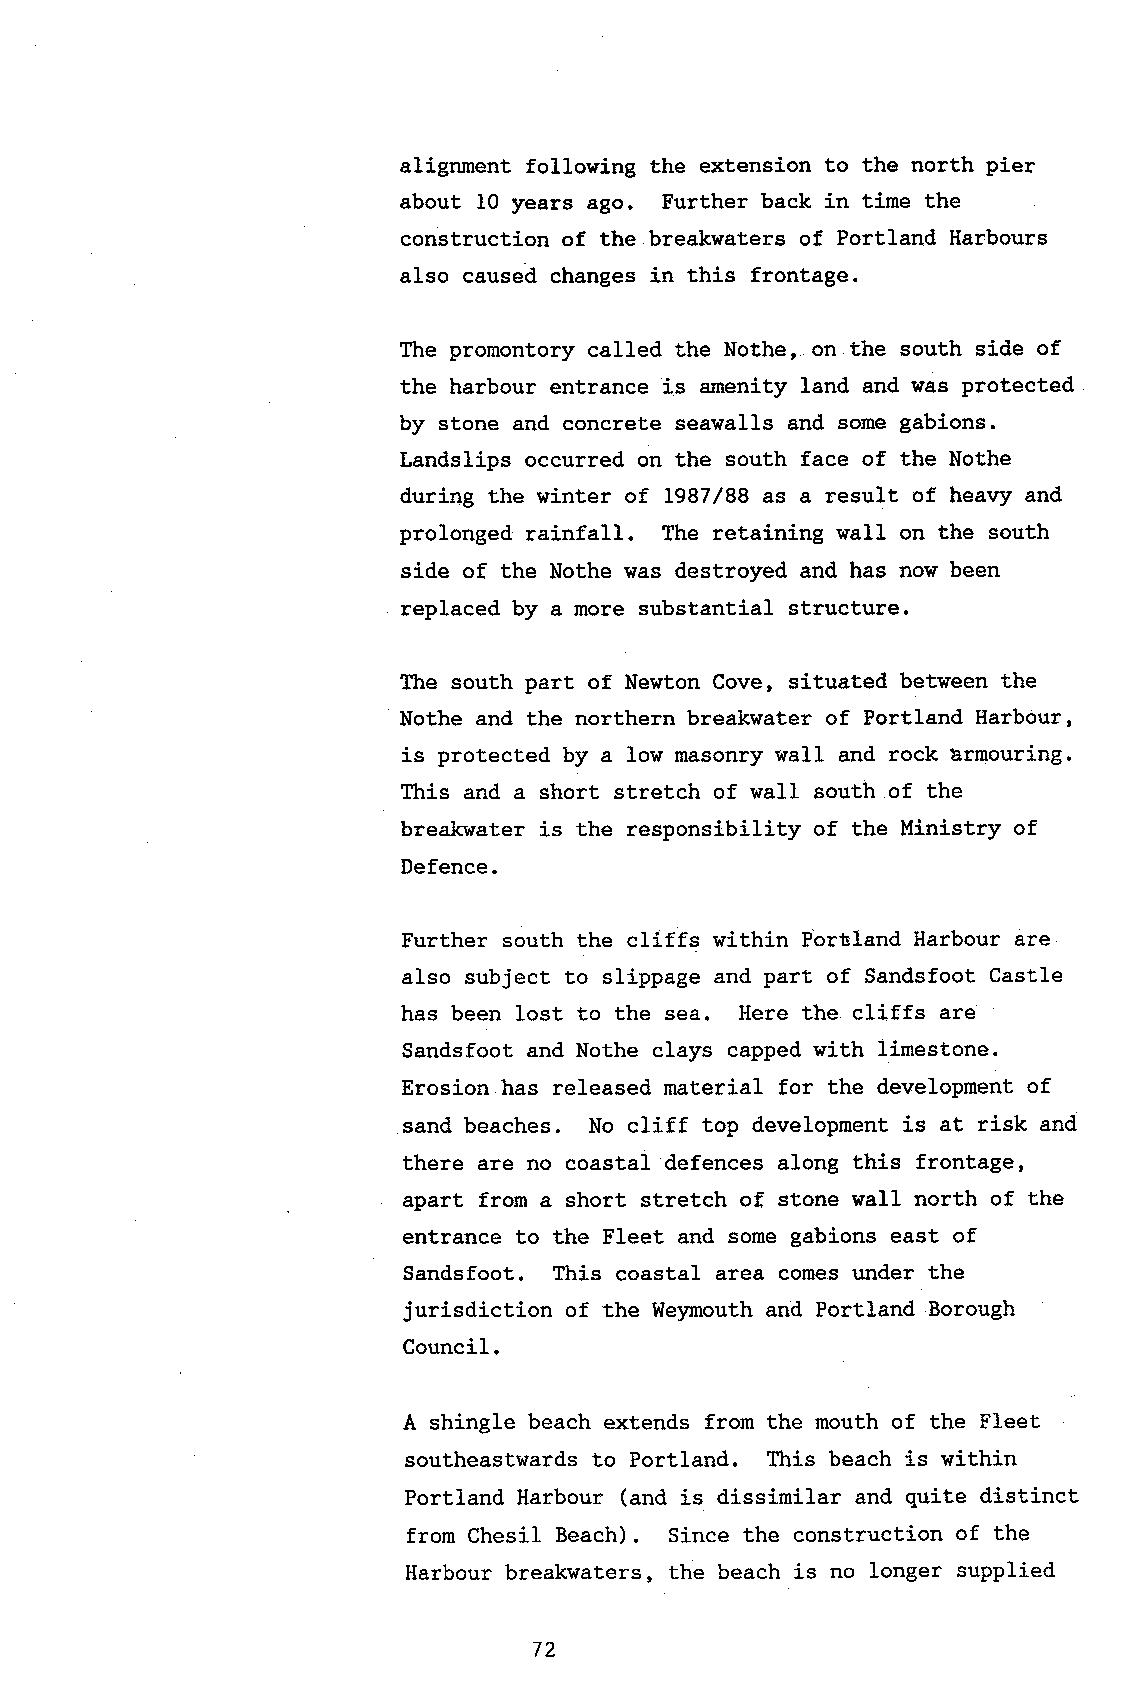
alignment following the extension to the north pier
 about 10 years ago. Further back in time the
 construction of the breakwaters of Portland Harbours
 also caused changes in this frontage.
 The promontory called the Nothe, on the south side of
 the harbour entrance is amenity land and was protected
 by stone and concrete seawalls and some gabions.
 Landslips occurred on the south face of the Nothe
 during the winter of 1987/88 as a result of heavy and
 prolonged rainfall. The retaining waII on the south
 side of the Nothe was destroyed and has now been
 replaced by a more substantial structure.
 The south part of Newton Cove, situated between the
 Nothe and the northern breakwater of Portland Harbour,
 is protected by a low masonry wall and rock brmouring.
 This and a short stretch of waII south of the
 breakwater is the responsibility of the Ministry of
 Defence.
 Further south the cliffs within Portland Harbour are
 also subject to slippage and part of Sandsfoot Castle
 has been lost to the sea. Here the cliffs are
 Sandsfoot and Nothe clays capped with limestone.
 Erosion has released material for the development of
 sand beaches. No cliff top development is at risk and
 there are no coastal defences along this frontage,
 apart from a short stretch of stone wall north of the
 entrance to the Fleet and some gabions east of
 Sandsfoot. This coastal area comes under the
 jurisdiction of the Weymouth and Portland Borough
 Council.
 A shingle beach extends from the mouth of the Fleet
 southeastwards to Portland. This beach is within
 Portland Harbour (and is dissimilar and quite di-stinct
 from Chesil Beach). Since the construction of the
 Harbour breakwaters, the beach is no longer supplied
 72